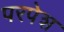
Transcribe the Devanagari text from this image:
परपेश